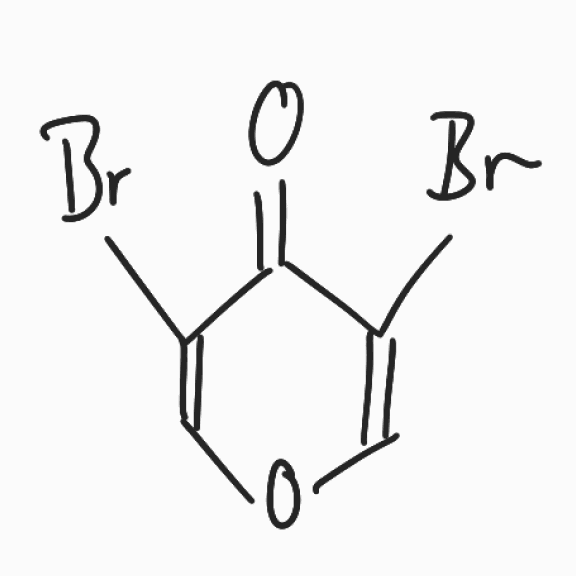
Simplified molecular-input line-entry system (SMILES) notation of the given molecule:
C1=C(C(=O)C(=CO1)Br)Br